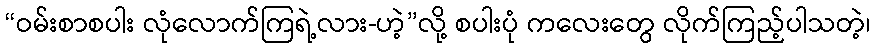
“ဝမ်းစာစပါး လုံလောက်ကြရဲ့လား-ဟဲ့”လို့ စပါးပုံ ကလေးတွေ လိုက်ကြည့်ပါသတဲ့၊